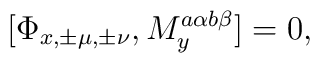
[\Phi_{x,\pm\mu,\pm\nu},M^{a \alpha b \beta}_y] = 0,